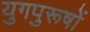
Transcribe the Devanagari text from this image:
युगपुरूषों